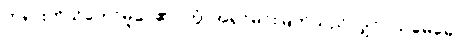
တရားကိုသိတော်မူပေ၏။ တွံ၊ အရှင်မင်းမြတ်သည်လျှင်။ သုမေဓော၊